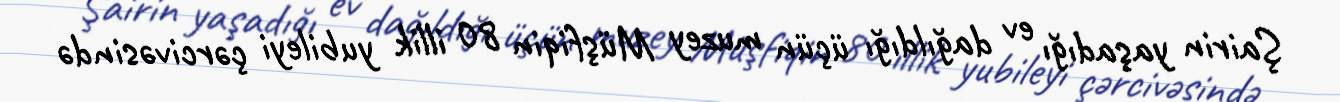
Şairin yaşadığı ev dağıldığı üçün muzey Müşfiqin 80 illik yubileyi çərcivəsində